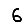
Digit: 6